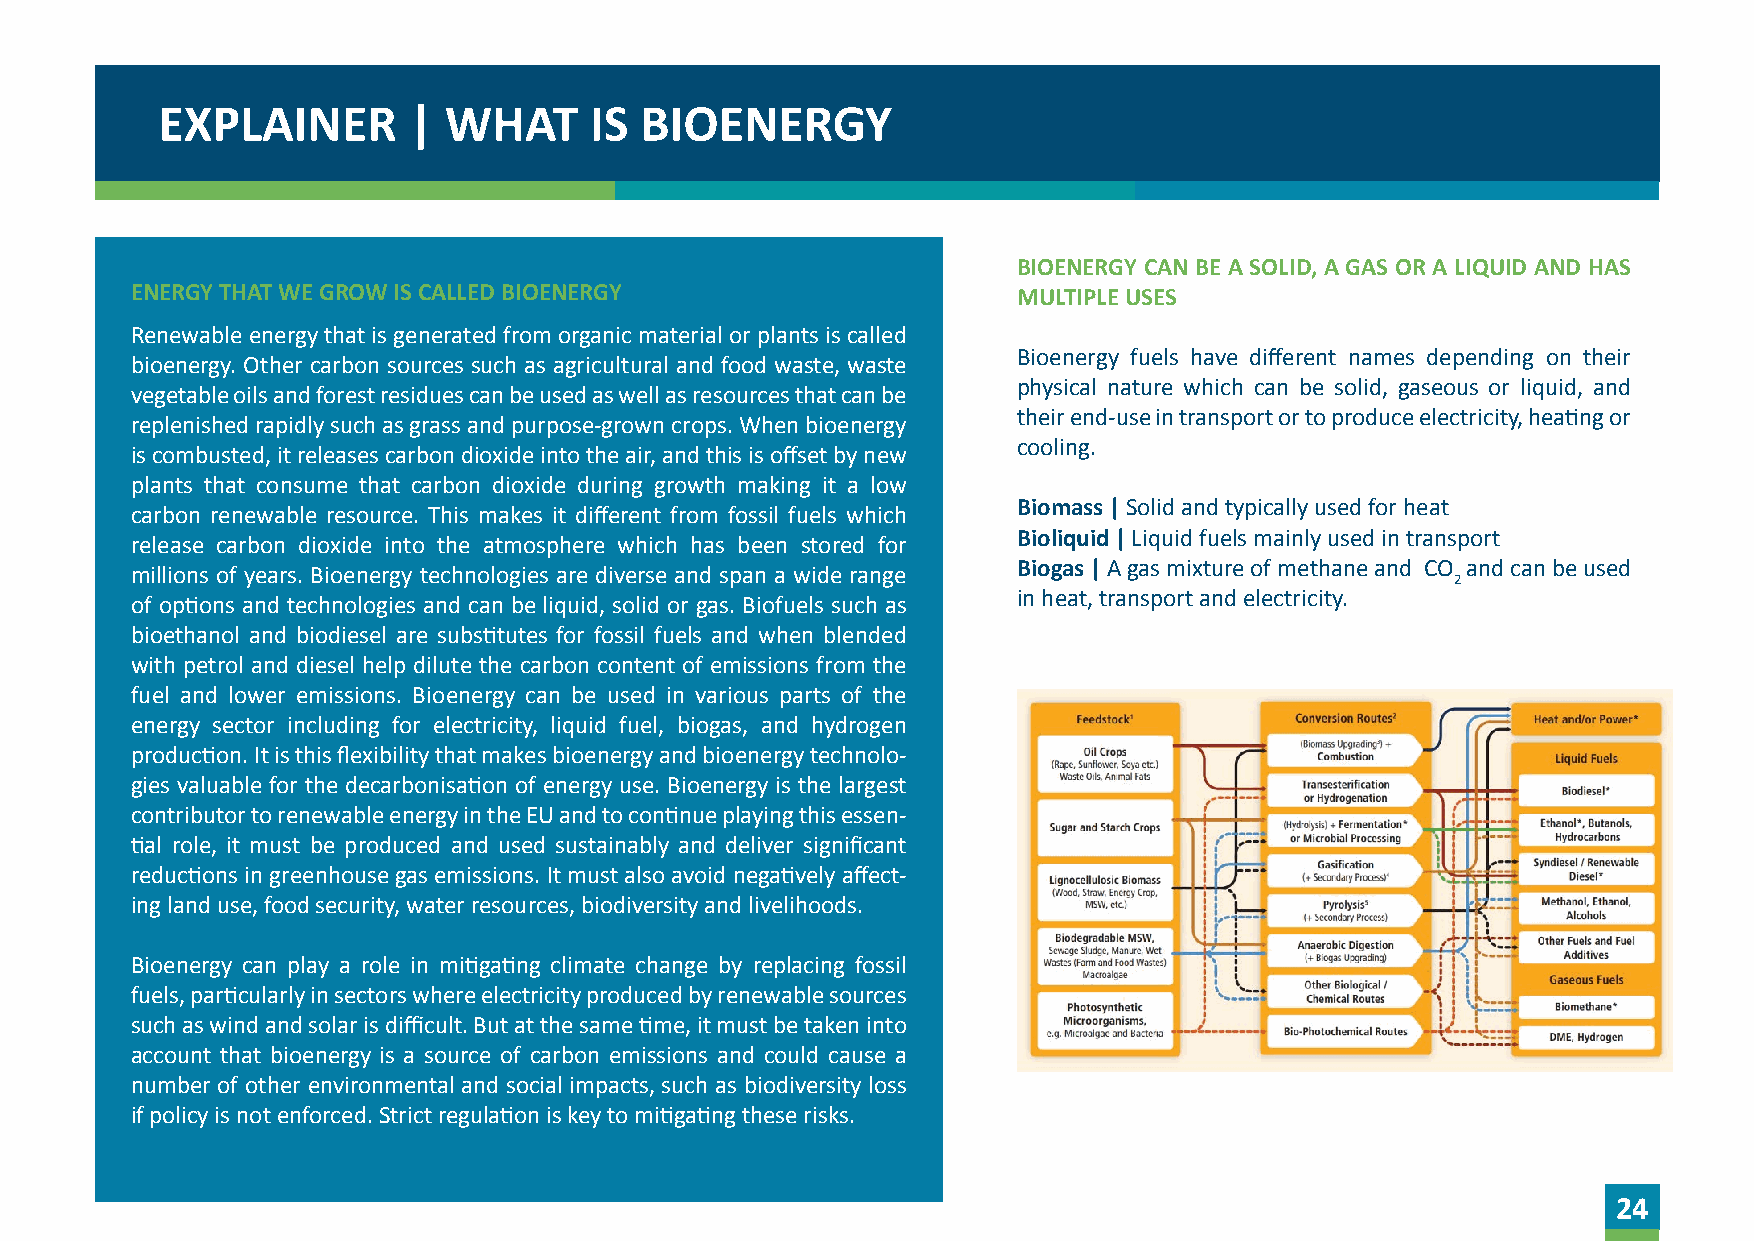
EXPLAINER        | WHAT      IS BIOENERGY
 BIOENERGY CAN BE A SOLID, A GAS OR A LIQUID AND HAS
 ENERGY THAT WE GROW IS CALLED BIOENERGY                   MULTIPLE USES
 Renewable energy that is generated from organic material or plants is called
 Bioenergy fuels have different names depending on their
 bioenergy. Other carbon sources such as agricultural and food waste, waste
 physical nature which can be solid, gaseous or liquid, and
 vegetable oils and forest residues can be used as well as resources that can be
 their end-use in transport or to produce electricity, heating or
 replenished rapidly such as grass and purpose-grown crops. When bioenergy
 cooling.
 is combusted, it releases carbon dioxide into the air, and this is offset by new
 plants that consume that carbon dioxide during growth making it a low
 carbon renewable resource. This makes it different from fossil fuels which Biomass | Solid and typically used for heat
 release carbon dioxide into the atmosphere which has been stored for Bioliquid | Liquid fuels mainly used in transport
 millions of years. Bioenergy technologies are diverse and span a wide range Biogas | A gas mixture of methane and CO and can be used
 2
 in heat, transport and electricity.
 of options and technologies and can be liquid, solid or gas. Biofuels such as
 bioethanol and biodiesel are substitutes for fossil fuels and when blended
 with petrol and diesel help dilute the carbon content of emissions from the
 fuel and lower emissions. Bioenergy can be used in various parts of the
 energy sector including for electricity, liquid fuel, biogas, and hydrogen
 production. It is this flexibility that makes bioenergy and bioenergy technolo-
 gies valuable for the decarbonisation of energy use. Bioenergy is the largest
 contributor to renewable energy in the EU and to continue playing this essen-
 tial role, it must be produced and used sustainably and deliver significant
 reductions in greenhouse gas emissions. It must also avoid negatively affect-
 ing land use, food security, water resources, biodiversity and livelihoods.
 Bioenergy can play a role in mitigating climate change by replacing fossil
 fuels, particularly in sectors where electricity produced by renewable sources
 such as wind and solar is difficult. But at the same time, it must be taken into
 account that bioenergy is a source of carbon emissions and could cause a
 number of other environmental and social impacts, such as biodiversity loss
 if policy is not enforced. Strict regulation is key to mitigating these risks.
 24